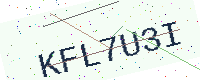
Text: KFL7U3I